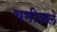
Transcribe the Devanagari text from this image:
चमीकले